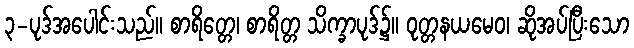
၃-ပုဒ်အပေါင်းသည်။ စာရိတ္တေ၊ စာရိတ္တ သိက္ခာပုဒ်၌။ ဝုတ္တနယမေဝ၊ ဆိုအပ်ပြီးသော